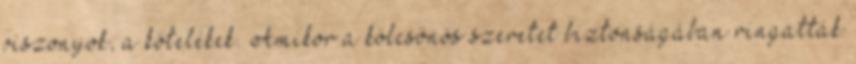
viszonyok, a kötelékek. Amikor a kölcsönös szeretet biztonságában ringatták